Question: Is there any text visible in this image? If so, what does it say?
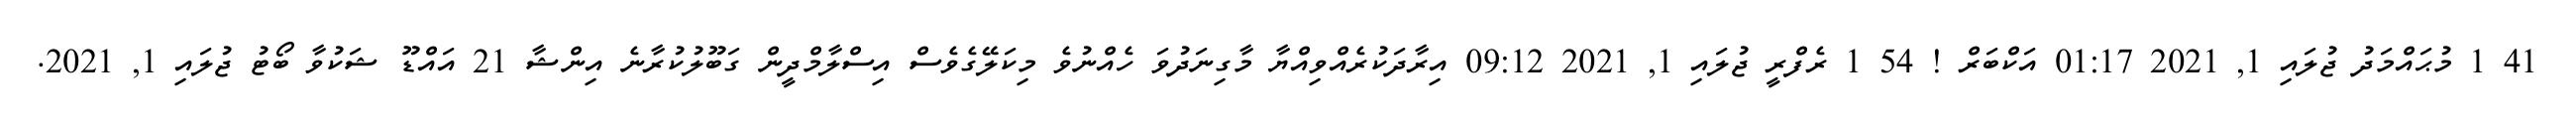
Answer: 41 1 މުޙައްމަދު ޖުލައި 1, 2021 01:17 އަކްބަރް ! 54 1 ރެފްރީ ޖުލައި 1, 2021 09:12 އިރާދަކުރެއްވިއްޔާ މާގިނަދުވަ ހެއްނުވެ މިކަލޭގެވެސް އިސްލާމްދީން ގަބޫލުކުރާނެ އިންޝާ 21 އައްޑޫ ޝަކުވާ ބޯޓު ޖުލައި 1, 2021.